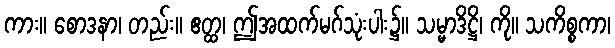
ကား။ စောဒနာ၊ တည်း။ ဧတ္ထ၊ ဤအထက်မဂ်သုံးပါး၌။ သမ္မာဒိဋ္ဌိ၊ ကို။ သကိစ္စကာ၊